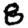
Digit: 8